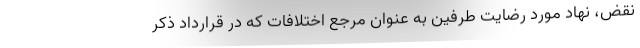
نقض، نهاد مورد رضایت طرفین به عنوان مرجع اختلافات که در قرارداد ذکر